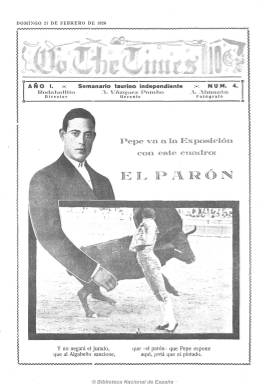
Título: No the times
Colección: Toros || Revistas satíricas y humorísticas
Ámbito geográfico: Madrid
Lugar de publicación: Madrid
Fechas: 21/02/1926-24/10/1926

Semanario madrileño “taurino independiente”, como expresa su subtítulo, que debió aparecer el 31 de enero e 1926, como continuación de The times (1917) que había desaparecido el año anterior, siguiendo la misma estructura y contenidos que su antecesor, también dirigido por Rodabadillo, seudónimo que utilizó el revistero taurino Francisco Ramos de Castro, que a la vez era su principal redactor. En esta nueva aventura periodística, le acompaña, como gerente, Antonio Vázquez Pombo, y como fotógrafo A. Almazán, autor de los reportajes sobre toreros y novilleros y festejos taurinos, una vez que el fotógrafo Juan Pacheco “Vandel” se incorpora al mundo de la cinematografía. Tampoco abandona su carácter humorístico, aunque lo utiliza en menor medida, así como la inserción de dibujos y composiciones fotográficas y los chistes. Aparece también los domingos, en números de ocho páginas, con las centrales a toda plana. Incluirá bajo su cabecera el lema “antipalmista” y será “visado por la censura”, de la que había quedado exenta la prensa taurina hasta el 14 de junio de 1926. Como los numerosos periódicos de este carácter, publicados durante la que se conoce edad de oro de la tauromaquia, mantuvo fuertes polémicas. El último número de la colección de la Biblioteca Nacional de España corresponde al 24 de octubre de 1926. Probablemente, no debió durar mucho más.